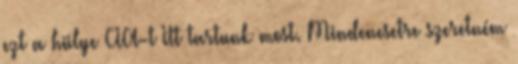
ezt a hülye CIA-t Itt tartunk most. Mindenesetre szeretném